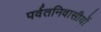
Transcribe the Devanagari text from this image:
पर्वतनिवासीयों